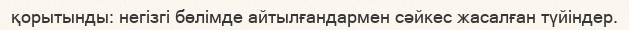
қорытынды: негізгі бөлімде айтылғандармен сәйкес жасалған түйіндер.